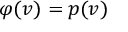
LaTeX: \varphi ( v ) = p ( v )